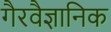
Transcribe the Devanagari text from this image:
गैरवैज्ञानिक